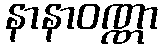
နာနာဝဏ္ဏာ